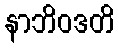
နာဘိဝဒတိ